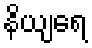
နိယျရေ